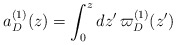
\begin{align*}a_D^{(1)}(z)=\int_0^z dz'\, \varpi_D^{(1)}(z')\end{align*}